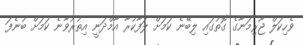
ވެހިކަލް ޖޫރިމަނާގެ ގޮތުގައި ލިބޭނެ ކަމަށް ލަފާކުރާ އާމްދަނީ އިތުރުވާނެ ކަމަށް ބުނެފަ